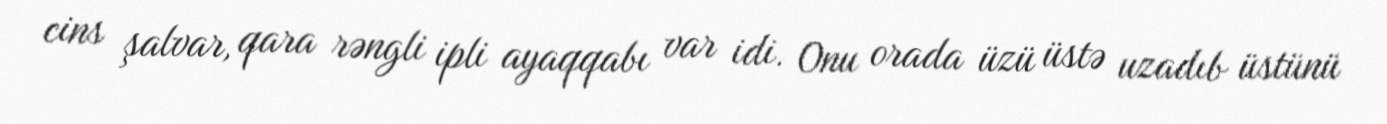
cins şalvar, qara rəngli ipli ayaqqabı var idi. Onu orada üzü üstə uzadıb üstünü